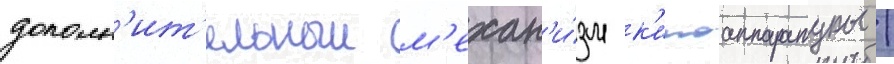
дополн'ит'ельныи м'ехан'и́зм к'иноаппаратуры /